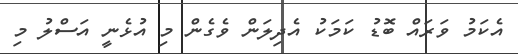
އެކަމު ވަރައް ބޮޑު ކަމަކު އެދިލަން ވެގެން މި އުޅެނީ އަސްލު މި